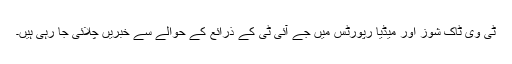
ٹی وی ٹاک شوز اور میڈیا رپورٹس میں جے آئی ٹی کے ذرائع کے حوالے سے خبریں چلائی جا رہی ہیں۔